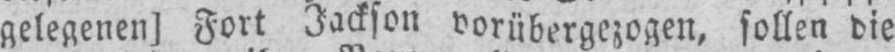
gelegenen] Fort Jackson vorübergezogen, sollen die